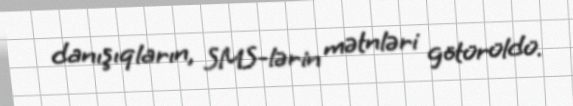
danışıqların, SMS-lərin mətnləri götürüldü.